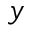
y